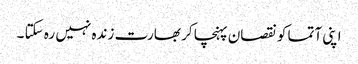
اپنی آتما کو نقصان پہنچا کر بھارت زندہ نہیں رہ سکتا ۔